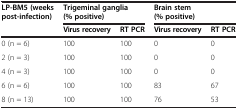
<table><thead><tr><td><b>LP-BM5</b></td><td colspan="2"><b>Trigeminal ganglia</b></td><td colspan="2"><b>Brain stem</b></td></tr><tr><td><b>(weeks post-infection)</b></td><td colspan="2"><b>(% positive)</b></td><td colspan="2"><b>(% positive)</b></td></tr><tr><td><b> </b></td><td><b>Virus recovery</b></td><td><b>RT PCR</b></td><td><b>Virus recovery</b></td><td><b>RT PCR</b></td></tr></thead><tbody><tr><td>0 (n = 6)</td><td>100</td><td>100</td><td>0</td><td>0</td></tr><tr><td>2 (n = 3)</td><td>100</td><td>100</td><td>0</td><td>0</td></tr><tr><td>4 (n = 3)</td><td>100</td><td>100</td><td>0</td><td>0</td></tr><tr><td>6 (n = 6)</td><td>100</td><td>100</td><td>83</td><td>67</td></tr><tr><td>8 (n = 13)</td><td>100</td><td>100</td><td>76</td><td>53</td></tr></tbody></table>